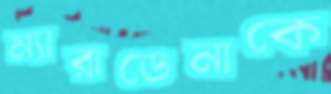
ম্যারাডেনাকে